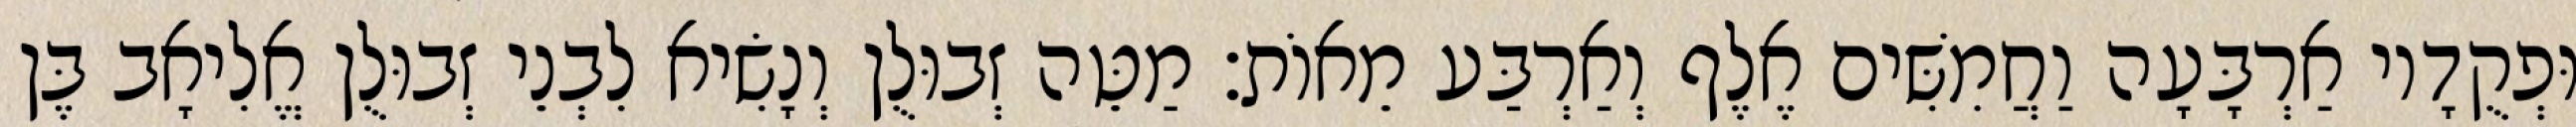
וּפְקֻדָיו אַרְבָּעָה וַחֲמִשִּׁים אֶלֶף וְאַרְבַּע מֵאוֹת׃ מַטֵּה זְבוּלֻן וְנָשִׂיא לִבְנֵי זְבוּלֻן אֱלִיאָב בֶּן